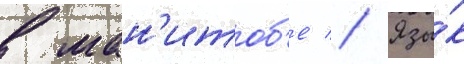
в ман'итоб'е // Язы́к